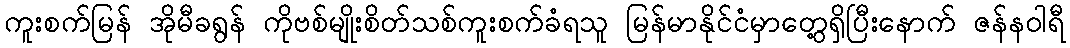
ကူးစက်မြန် အိုမီခရွန် ကိုဗစ်မျိုးစိတ်သစ်ကူးစက်ခံရသူ မြန်မာနိုင်ငံမှာတွေ့ရှိပြီးနောက် ဇန်နဝါရီ